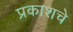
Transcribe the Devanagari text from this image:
प्रकाशचे